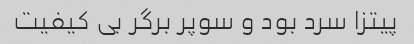
پیتزا سرد بود و سوپر برگر بی کیفیت